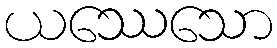
ယဿေသော